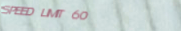
SPEED LIMIT 60